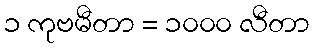
၁ ကုဗမီတာ = ၁၀၀၀ လီတာ